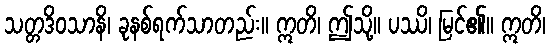
သတ္တဒိဝသာနိ၊ ခုနစ်ရက်သာတည်း။ ဣတိ၊ ဤသို့။ ပဿိ၊ မြင်၏။ ဣတိ၊